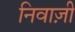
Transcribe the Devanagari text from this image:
निवाज़ी